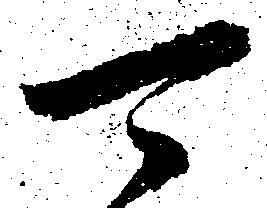
可